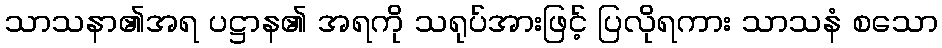
သာသနာ၏အရ ပဋ္ဌာန၏ အရကို သရုပ်အားဖြင့် ပြလိုရကား သာသနံ စသော